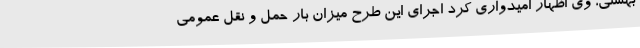
بهشتی، وی اظهار امیدواری کرد اجرای این طرح میزان بار حمل و نقل عمومی